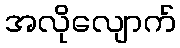
အလိုလျောက်